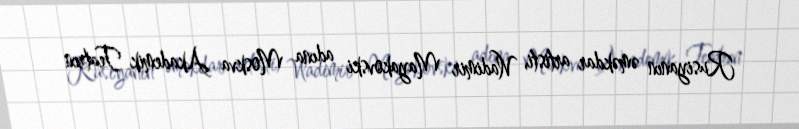
Rusiyanın əməkdar artisti, Vladimir Mayakovski adına Moskva Akademik Teatrın